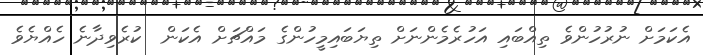
އެކަމަށް ނުރުހުންވެ ތިއްބައި އަހުރެމެންނަށް ތިޔަބައިމީހުންގެ މައްޗަށް އެކަން  ކުރެވިދާނެ ހެއްޔެވެ